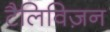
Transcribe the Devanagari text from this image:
टैलिविज़न